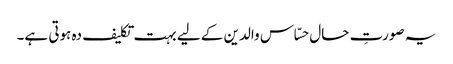
یہ صورتِ حال حسّاس والدین کے لیے بہت تکلیف دہ ہوتی ہے۔